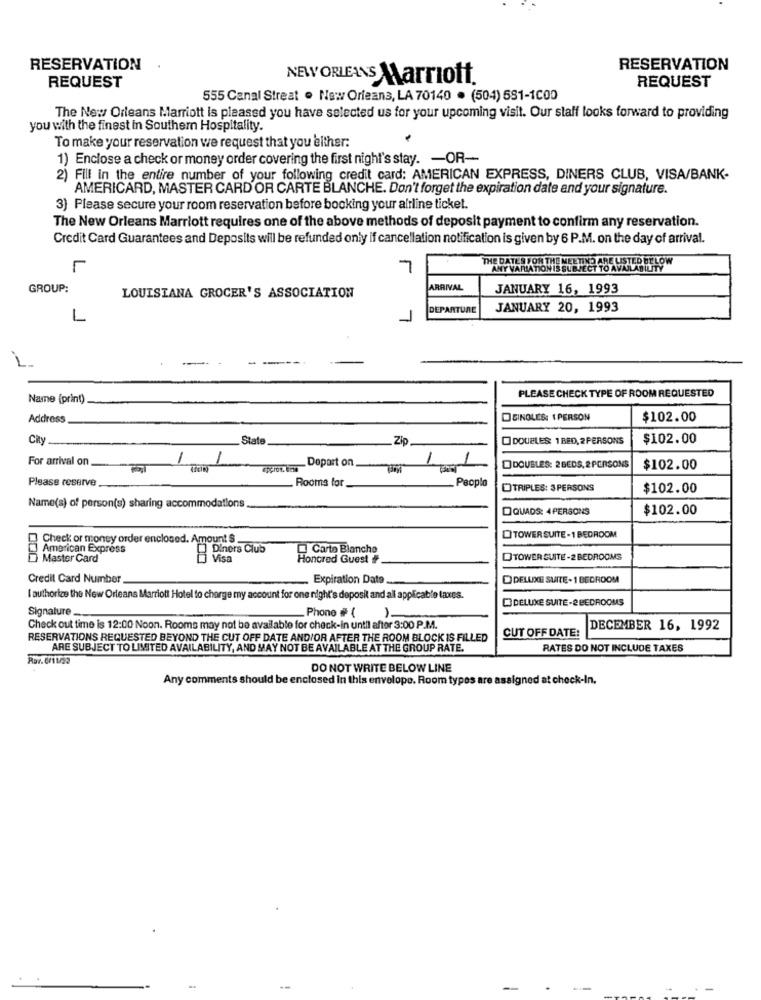
RESERVATION
RESERVATION
NEW ORLEANS Marriott.
REQUEST
REQUEST
555 Canal Streat . New Orleans, LA 70140 . (504) 581-1000
The New Orleans Marriott is pleased you have selected us for your upcoming visit. Our staff looks forward to providing
you with the finest in Southern Hospitality.
To make your reservation we request that you either:
1) Enclose a check or money order covering the first night's stay. - OR-
2) Fill in the entire number of your following credit card: AMERICAN EXPRESS, DINERS CLUB, VISA/BANK-
AMERICARD, MASTER CARD'OR CARTE BLANCHE. Don't forget the expiration date and your signature.
3) Please secure your room reservation before booking your alrline ticket.
The New Orleans Marriott requires one of the above methods of deposit payment to confirm any reservation.
Credit Card Guarantees and Deposits will be refunded only if cancellation notification is given by 6 P.M. on the day of arrival.
THE DATES FOR THE MEETING ARE USTED BELOW
L
7
ANY VARIATION IS SUBJECT TO AVAILABILITY
GROUP:
ARRIVAL
JANUARY 16, 1993
LOUISIANA GROCER'S ASSOCIATION
DEPARTURE
JANUARY 20, 1993
1
Name {print)
PLEASE CHECK TYPE OF ROOM REQUESTED
Address
DEINGLES: IPERSON
$102.00
City
State
Zip
DOUBLES 1 BED, 2PERSONS
$102.00
For arrival on
1
-
Depart on
1
1
DOUBLES: 2BEDS, 2 PERSONS
$102.00
Please reserve
Rooms for
People
OTRIPLES: 3 PERSONS
$102.00
Name(s) of person(s) sharing accommodations
DQUADS: 4 PERSONS
$102.00
Check or money order enclosed. Amount $
DITOWER SUITE -1 BEDROOM
3 American Express
Diners Club
Carte Blanche
Master Card
Visa
Honored Guest #
DTOWER GUITE -2 BEDROOMS
Credit Card Number
Expiration Date
O DELLAG SUITE - 1 BEDROOM
I authorize the New Orleans Marriott Hotel to charge my account for one night's deposit and all applicable taxes.
DELUXE SUITE-2 BEDROOMS
Signature -.
Phone # {
1.
Check out time is 12:00 Noon. Rooms may not be available for check-in until after 3:00 P.M.
CUT OFF DATE:
DECEMBER 16, 1992
RESERVATIONS REQUESTED BEYOND THE CUT OFF DATE AND/OR AFTER THE ROOM BLOCK IS FILLED
ARE SUBJECT TO LIMITED AVAILABILITY, AND MAY NOT BE AVAILABLE AT THE GROUP RATE.
RATES DO NOT INCLUDE TAXES
DO NOT WRITE BELOW LINE
Any comments should be enclosed in this envelope. Room types are assigned at check-In.
-